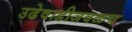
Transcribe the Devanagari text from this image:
उढेवाडीजवळच